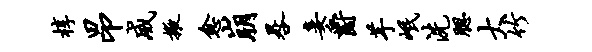
椁昂威掖愈崩晷妾爵芋岷洗腮大竹